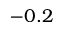
- 0 . 2